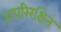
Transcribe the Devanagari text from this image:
अपरिरक्षित